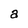
Character: a